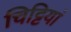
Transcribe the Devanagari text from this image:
चिट्टियां